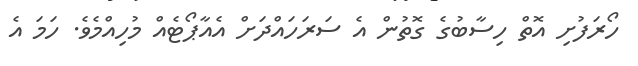
ހޯރަފުށި އޮތް ހިސާބުގެ ގޮތުން އެ ސަރަހައްދަށް އެއާޕޯޓެއް މުހިއްމެވެ. ހަމަ އެ